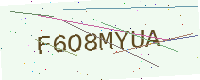
Text: F6O8MYUA